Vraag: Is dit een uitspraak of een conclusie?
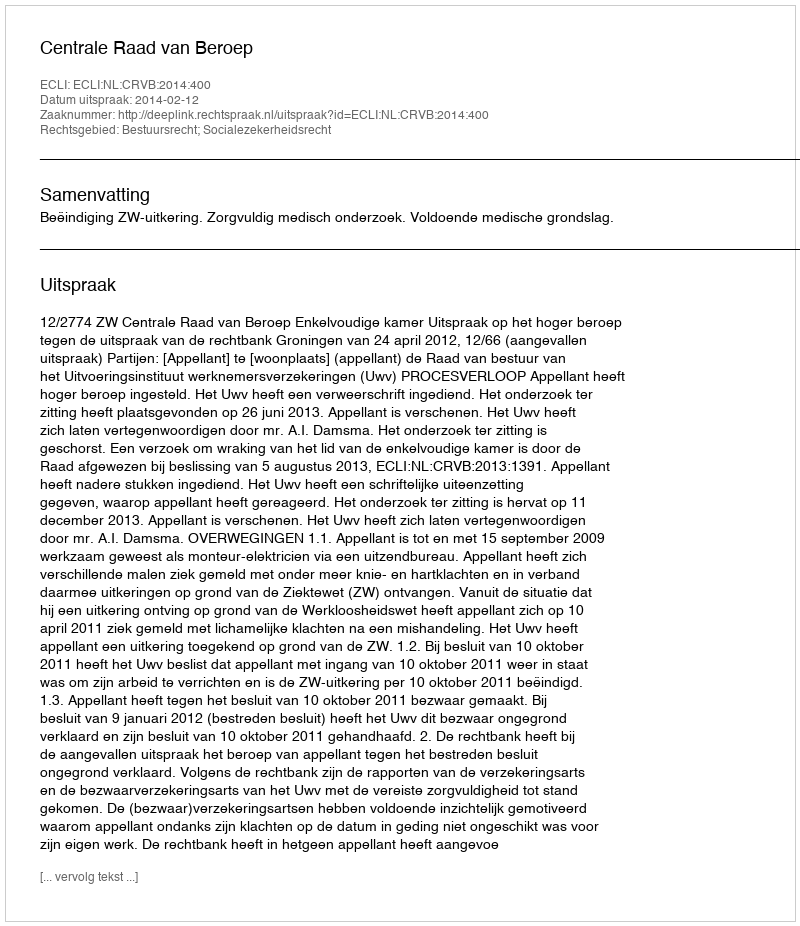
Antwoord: Uitspraak